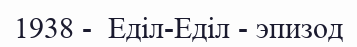
1938 -  Еділ-Еділ - эпизод